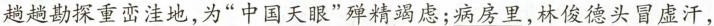
趟趟勘探重峦洼地，为”中国天眼”殚精竭虑；病房里，林俊德头冒虚汗，